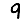
Digit: 9